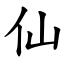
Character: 仙